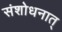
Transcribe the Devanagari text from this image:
संशोधनात्